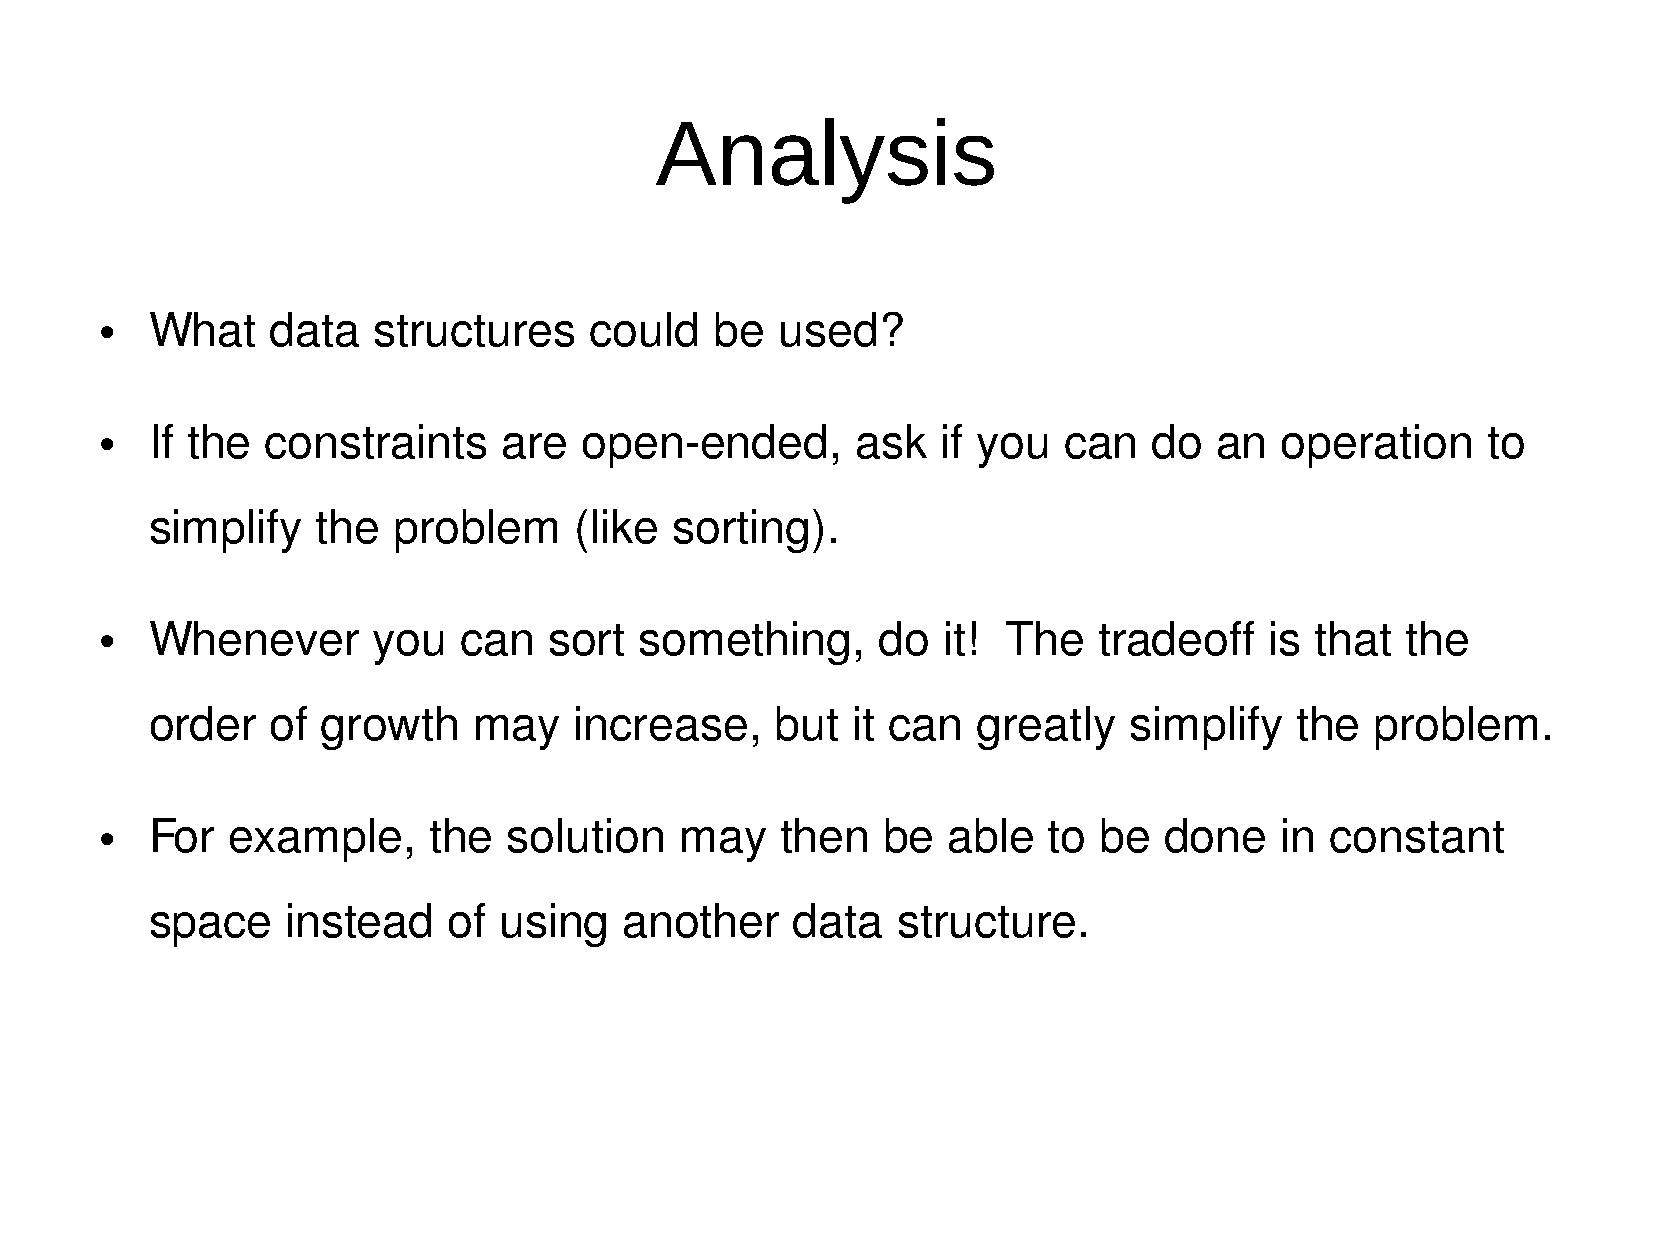
Analysis
 ●
 What    data   structures    could   be   used?
 ●
 If the  constraints    are   open-ended,       ask  if you  can   do   an  operation    to
 simplify   the  problem     (like sorting).
 ●
 Whenever       you  can   sort  something,      do  it!  The   tradeoff   is that  the
 order   of growth    may    increase,    but  it can   greatly   simplify   the  problem.
 ●
 For  example,     the   solution   may    then  be   able  to  be  done    in constant
 space    instead    of using   another     data  structure.